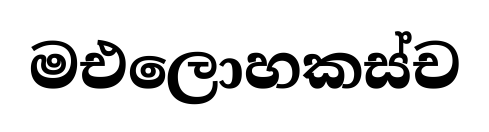
මඑලොහකස්ච